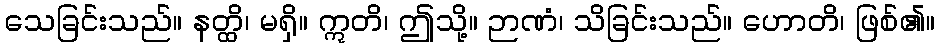
သေခြင်းသည်။ နတ္ထိ၊ မရှိ။ ဣတိ၊ ဤသို့။ ဉာဏံ၊ သိခြင်းသည်။ ဟောတိ၊ ဖြစ်၏။